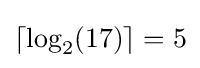
\lceil \log _{2}(17)\rceil =5